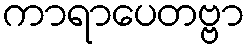
ကာရာပေတဗ္ဗာ